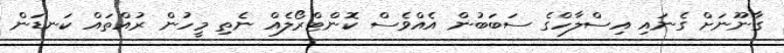
ގާނޫނަށް ގެނައި އިސްލާހްގެ ސަބަބުން އެއްވެސް ކޮންޓްރޯލެއް ނެތި މީހުން ރުއްތައް ކަނޑަން